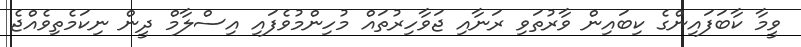
ވީމާ ކާބަފައިންގެ ކިބައިން ވާރުތަވި ރަނާއި ޖަވާހިރުތައް މުހިންމުވެފައި އިސްލާމް ދީން ނިކަމެތިވެއްޖެ